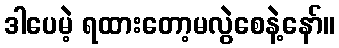
ဒါပေမဲ့ ရထားတော့မလွဲစေနဲ့နော်။